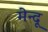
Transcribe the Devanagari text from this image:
मेन्दू